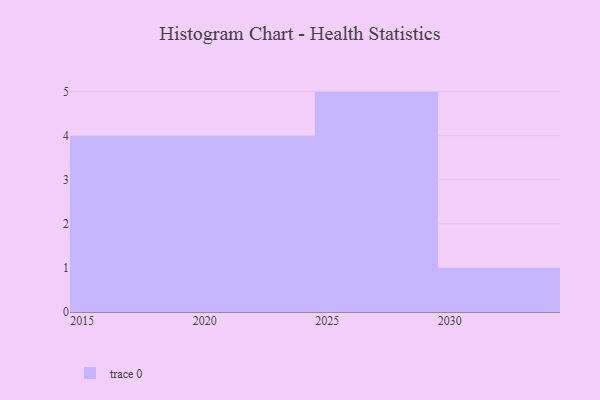
{"axis": {"x": "Year", "y": "Shipments"}, "legend": [""], "data": [{"x": "2015", "y": 31, "type": ""}, {"x": "2022", "y": 37, "type": ""}, {"x": "2030", "y": 2, "type": ""}, {"x": "2025", "y": 8, "type": ""}, {"x": "2029", "y": 15, "type": ""}, {"x": "2024", "y": 81, "type": ""}, {"x": "2020", "y": 97, "type": ""}, {"x": "2026", "y": 3, "type": ""}, {"x": "2018", "y": 77, "type": ""}, {"x": "2016", "y": 72, "type": ""}, {"x": "2028", "y": 13, "type": ""}, {"x": "2019", "y": 96, "type": ""}, {"x": "2023", "y": 31, "type": ""}, {"x": "2027", "y": 1, "type": ""}]}